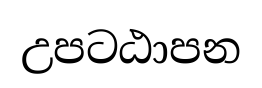
උපටඨාපන